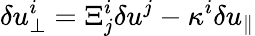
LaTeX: \delta u_{\perp}^{i}=\Xi_{j}^{i}\delta u^{j}-\kappa^{i}\delta u_{\parallel}